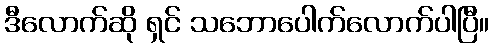
ဒီလောက်ဆို ရှင် သဘောပေါက်လောက်ပါပြီ။